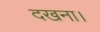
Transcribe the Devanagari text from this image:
दखना।